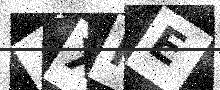
Text: 4XKE